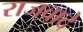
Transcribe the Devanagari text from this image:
राजवादे